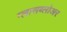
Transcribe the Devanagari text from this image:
ग्लासब्लोअर